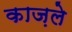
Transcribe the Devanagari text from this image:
काज़ले